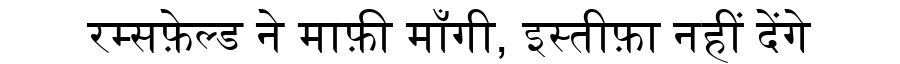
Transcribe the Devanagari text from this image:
रम्सफ़ेल्ड ने माफ़ी माँगी, इस्तीफ़ा नहीं देंगे